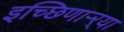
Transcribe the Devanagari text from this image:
इच्छिणाऱ्र्‍या